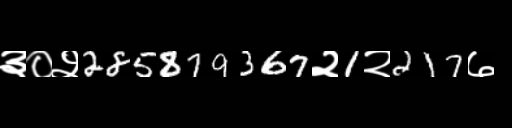
Text: ३०२285879367२1२217७